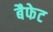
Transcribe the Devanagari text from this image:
बैफेट